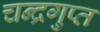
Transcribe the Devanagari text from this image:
चन्द्रगुप्त